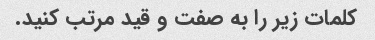
کلمات زیر را به صفت و قید مرتب کنید.